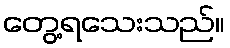
တွေ့ရသေးသည်။